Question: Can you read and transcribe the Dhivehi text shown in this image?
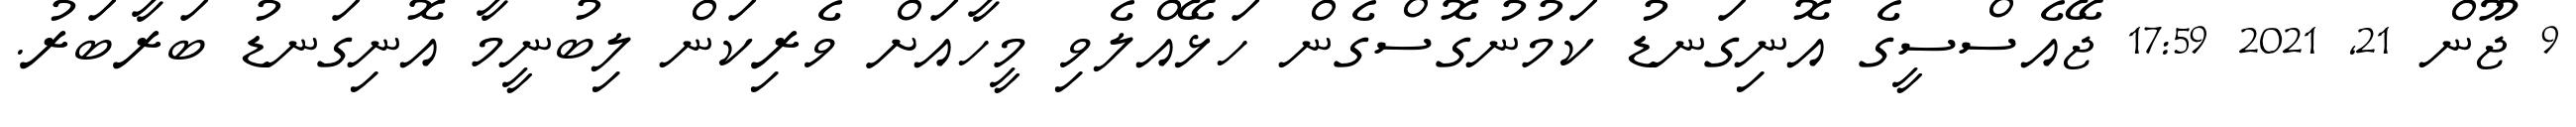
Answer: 9 ޖޫން 21, 2021 17:59 ޖޭއެސްސީގެ އޮނިގަނޑު ކަމުނުގޮސްގެން ހަޅޭއްލެވި މީހާއަށް ވެރިކަން ލިބުނީމާ އޮނިގަނޑު ބަރާބަރު.